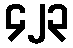
၄၂၃